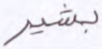
بشير